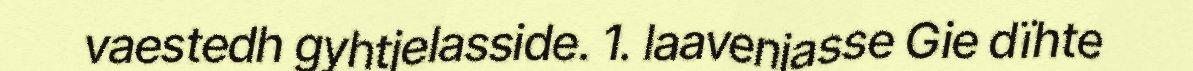
vaestedh gyhtjelasside. 1. laavenjasse Gie dïhte